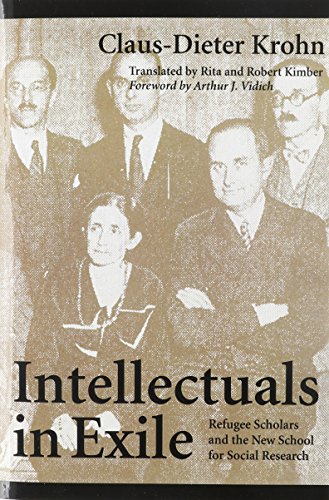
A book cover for Intellectuals in Exile: Refugee Scholars and the New School for Social Research; Claus-Dieter Krohn; Biographies & Memoirs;